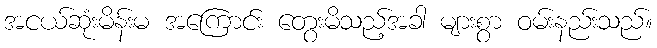
အငယ်ဆုံးမိန်းမ အကြောင်း တွေးမိသည့်အခါ များစွာ ဝမ်းနည်းသည်။